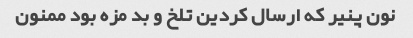
نون پنیر که ارسال کردین تلخ و بد مزه بود ممنون